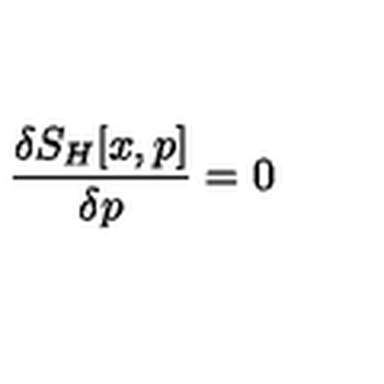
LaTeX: \frac { \delta S _ { H } [ x , p ] } { \delta p } = 0